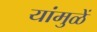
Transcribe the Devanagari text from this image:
यांमुळें